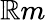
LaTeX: \mathbb{R}m